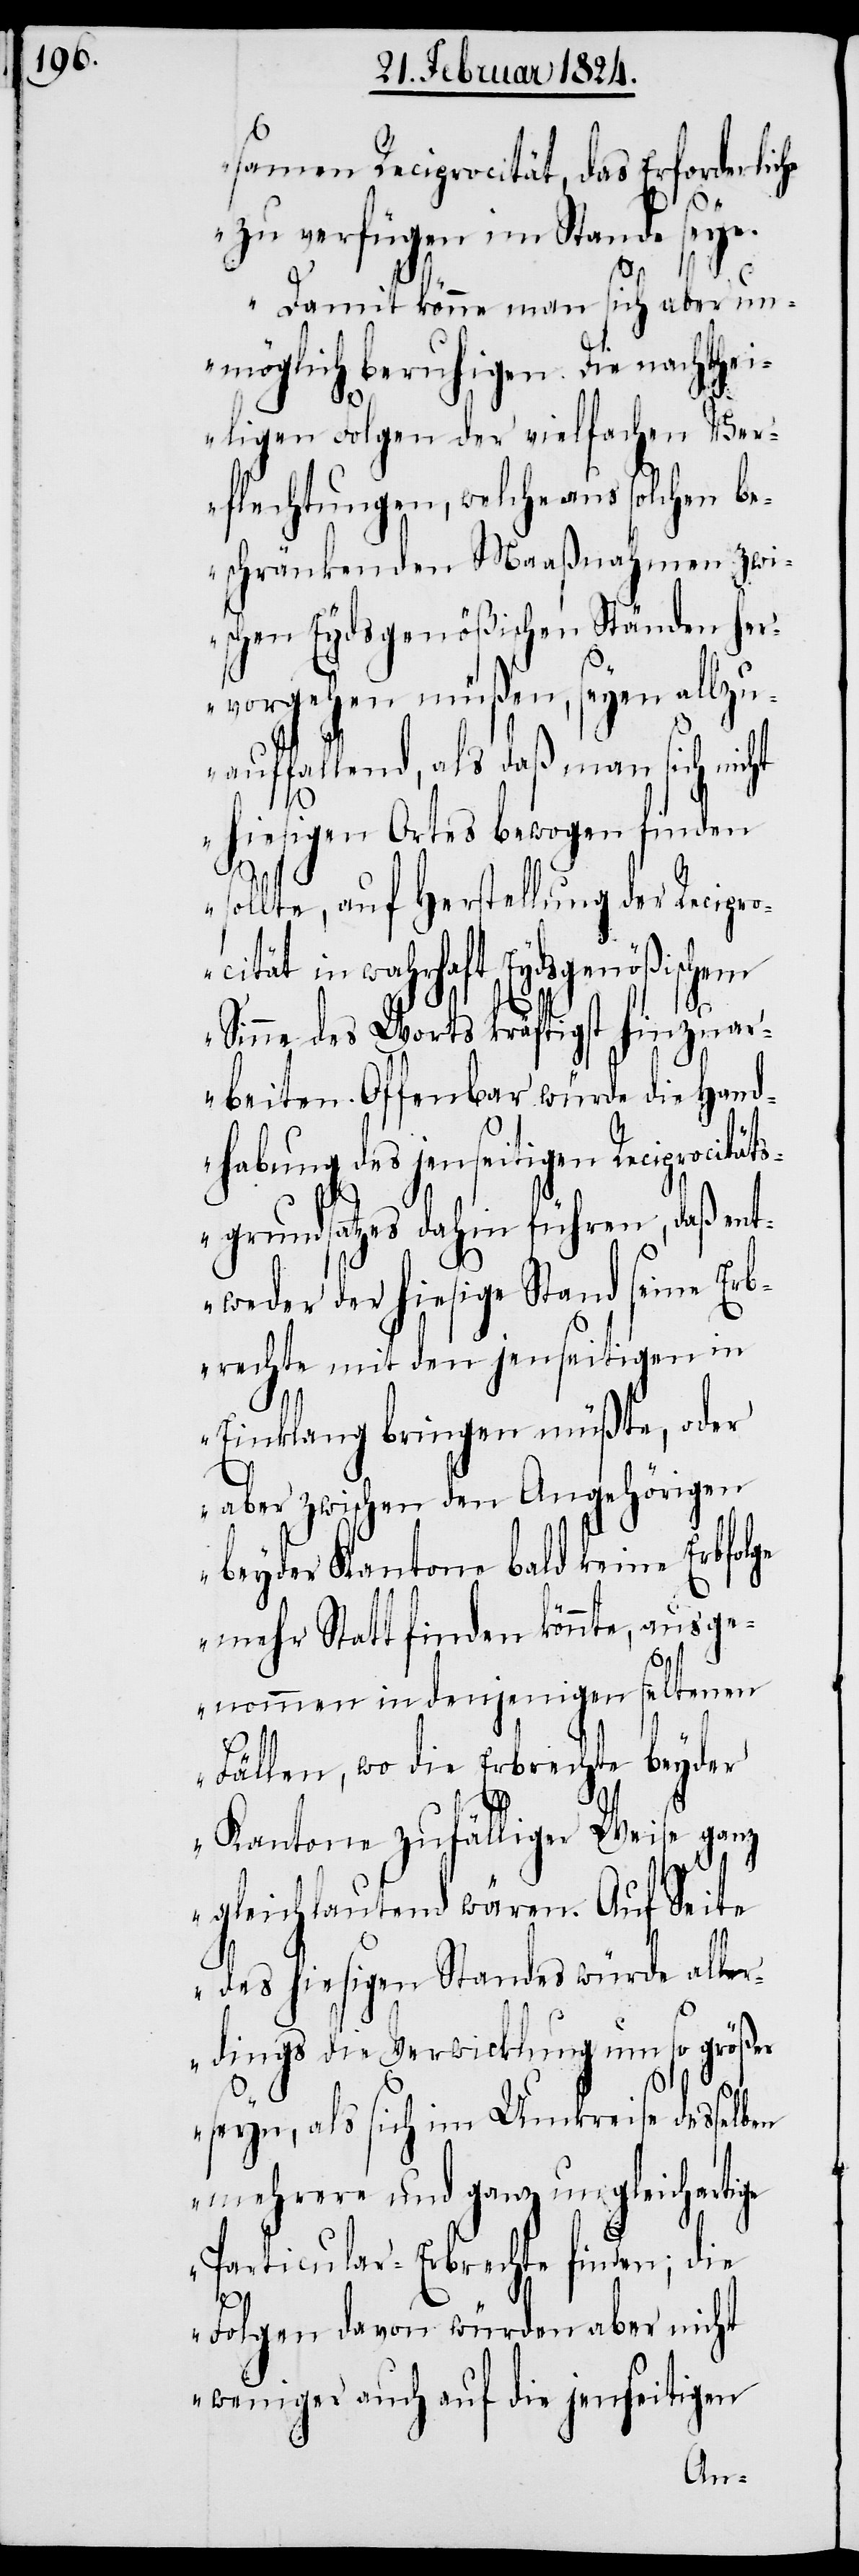
samen Reciprocität, das Erforderliche
zu verfügen im Stande seye.
Damit könne man sich aber un¬
möglich beruhigen. Die nachthei¬
ligen Folgen der vielfachen Ver¬
flechtungen, welche aus solchen be¬
schränkenden Maaßnahmen zwi¬
schen Eydsgenößischen Ständen her¬
vorgehen müßen, seyen allzu¬
auffallend, als daß man sich nicht
hiesigen Ortes bewogen finden
sollte, auf Herstellung der Recipr¬
ocität in wahrhaft Eydsgenößischem
Sinne des Worts kräftigst hinzua¬
rbeiten. Offenbar würde die Hand¬
habung des jenseitigen Reciprocitäts¬
grundsatzes dahin führen, daß ent¬
weder der hiesige Stand seine Erb¬
rechte mit den jenseitigen in
Einklang bringen müßte, oder
aber zwischen den Angehörigen
beyder Kantone bald keine Erbfolge
mehr Statt finden könnte, ausge¬
nommen in denjenigen seltenen
Fällen, wo die Erbrechte beyder
Kantone zufälliger Weise ganz
gleichlautend wären. Auf Seite
des hiesigen Standes würde aller¬
dings die Verwicklung um so größer
seyn, als sich im Umkreise desselben
mehrere und ganz ungleichzeiti¬
Particular-Erbrechte finden; die
ge
Folgen davon würden aber nicht
weniger auf die jenseitigen